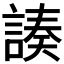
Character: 𧩻